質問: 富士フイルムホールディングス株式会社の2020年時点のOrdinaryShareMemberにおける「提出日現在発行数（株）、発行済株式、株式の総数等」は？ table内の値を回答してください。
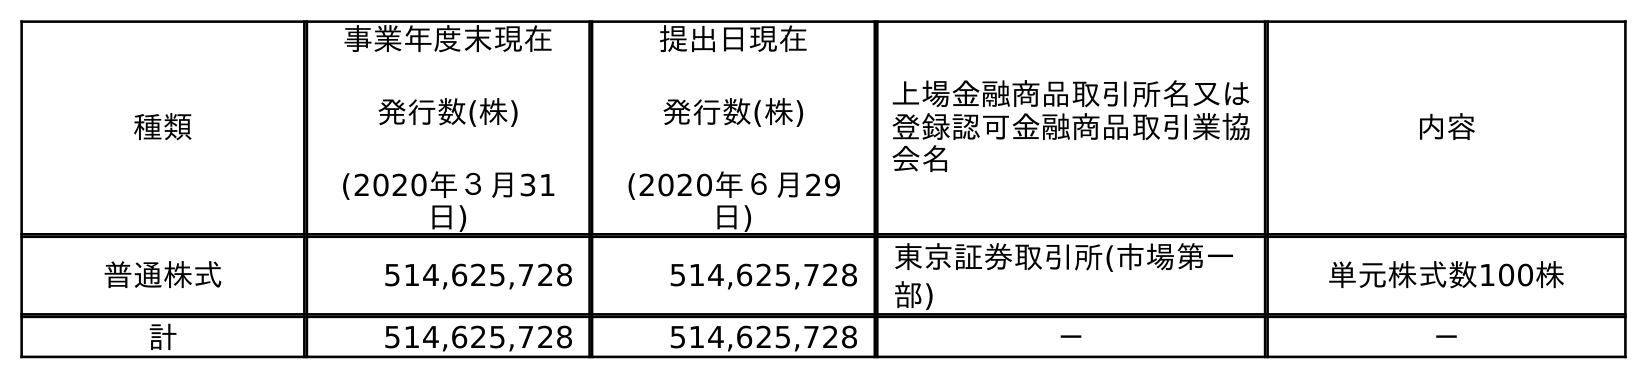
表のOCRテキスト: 種類 事業年度末現在 発行数(株) (2020年３月31 日) 提出日現在 発行数(株) (2020年６月29 日) 上場金融商品取引所名又は 登録認可金融商品取引業協 会名 内容 普通株式 514,625,728 514,625,728 東京証券取引所(市場第一 部) 単元株式数100株 計 514,625,728 514,625,728 － －
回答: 514,625,728